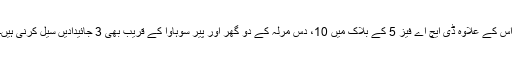
اس کے علاوہ ڈی ایچ اے فیز 5 کے بلاک میں 10، دس مرلہ کے دو گھر اور پیر سوہاوا کے قریب بھی 3 جائیدادیں سیل کرنی ہیں۔